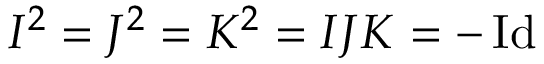
I ^ { 2 } = J ^ { 2 } = K ^ { 2 } = I J K = - \operatorname { I d }